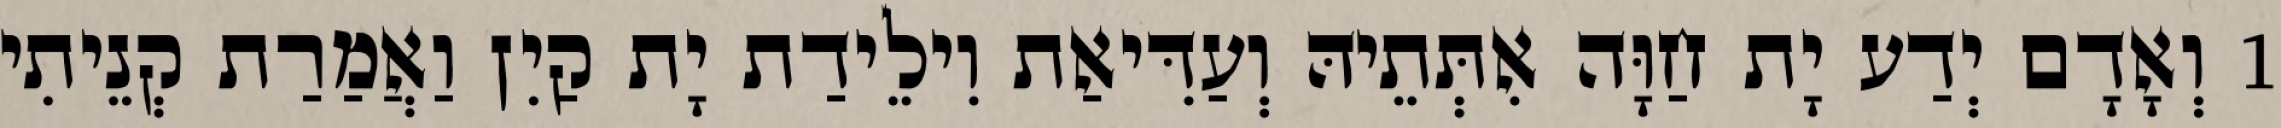
1 וְאָדָם יְדַע יָת חַוָּה אִתְּתֵיהּ וְעַדִּיאַת וִילֵידַת יָת קַיִן וַאֲמַרַת קְנֵיתִי